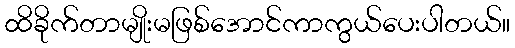
ထိခိုက်တာမျိုးမဖြစ်အောင်ကာကွယ်ပေးပါတယ်။